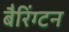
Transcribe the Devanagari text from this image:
बैरिंग्टन